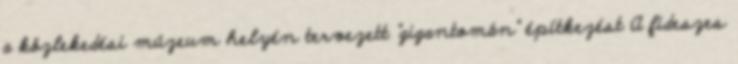
a közlekedési múzeum helyén tervezett "gigantomán" építkezést A fideszes